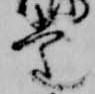
堂